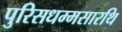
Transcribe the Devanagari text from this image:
पुरिसधम्मसारथि